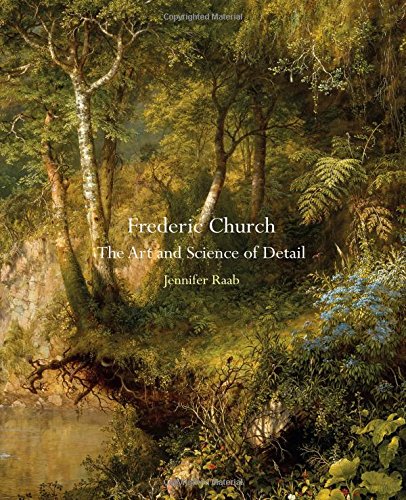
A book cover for Frederic Church: The Art and Science of Detail; Jennifer Raab; Arts & Photography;